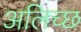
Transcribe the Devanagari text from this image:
अलिच्छ